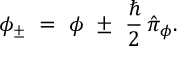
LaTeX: \phi _ { \pm } \ = \ \phi \ \pm \ \frac { \hbar } { 2 } \, \hat { \pi } _ { \phi } .